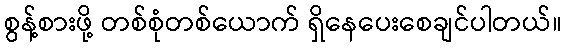
စွန့်စားဖို့ တစ်စုံတစ်ယောက် ရှိနေပေးစေချင်ပါတယ်။